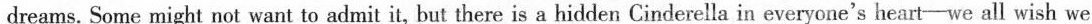
dreams. Some might not want to admit it, but there is a hidden Cinderella in everyone's heart—we all wish we